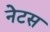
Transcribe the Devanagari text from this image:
नेटस